Medical and sanitary report of the native army of Bengal for the year
Year: 1876
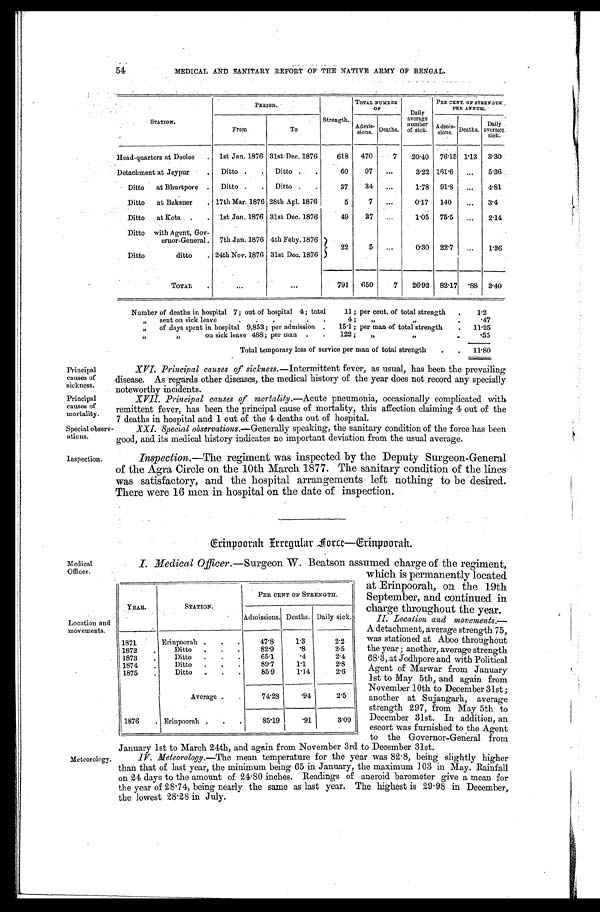
Principal
causes of
sickness.
Principal
causes of
mortality.
54
MEDICAL AND SANITARY REPORT OF THE NATIVE ARMY OF BENGAL.
STATION.
PERIOD.
Strength.
TOTAL NUMBER
OF
Daily
average number of si ck.
PER CENT. OF STRENGTH
PER ANNUM.
From
To
Admis-sions. Deaths.
Admi s-si ons. Deaths.
Daily
average
sick.
Head-quarters at Deolee . . .
1st Jan. 1876 31st Dec. 1876
618
470
7
20.40
76.15 1.13
3.30
Detachment at Jeypur . . .
Ditto . . .
Ditto . . .
60
97
. . .
3.22 161.6
. . .
5.36
Ditto at Bhurtpore . . .
Ditto . . .
Ditto . . .
37
34
. . .
1.78
91.8
. . .
4.81
Ditto at Bakaner . . .
17th Mar. 1876 28th Apl. 1876
5
7
. . .
0.17
140
. . .
3.4
Ditto at Kota . . .
lst Jan. 1876 31st Dec. 1876
49
37
. . .
1.05
75.5
. . .
2.14
Ditto with Agent, Gov
-ernor-General.
7th Jan. 1876 4th Feby. 1876
22
5
. . .
0.30
22.7
. . .
1.36
Ditto ditto . . .
24th Nov. 1876 31st Dec. 1876
TOTAL . . .
. . .
. . .
791
650
7
26.92
82.17
.88 3.40
Number of deaths in hospital 7; out of hospital 4; total 11; per cent. of total strength . . .
1.2
" sent on sick leave . . . 4; " . . .
.47
" of days spent in hospital 9,853; per admission . . . 15 . 1 ; p e r m a n o f t o t a l s t r e n g t h . . .
11.25
" on sick leave 488; per man . . . 122; " . . .
. 5 5
Total temporary loss of service per man of total strength . . .
11.80
XVI. Principal causes of sickness.—Intermittent fever, as usual, has been the prevailing
disease. As regards other diseases, the medical history of the year does not record any specially
noteworthy incidents.
XVII. Principal causes of mortality .—Acute pneumonia, occasionally complicated with
remittent fever, has been the principal cause of mortality, this affection claiming 4 out of the
7 deaths in hospital and 1 out of the 4 deaths out of hospital.
Special observ
-ations.
XXI. Special observations .—Generally speaking, the sanitary condition of the force has been
good, and its medical history indicates no important deviation from the usual average.
Inspection.
Inspection .—The regiment was inspected by the Deputy Surgeon-General
of the Agra Circle on the 10th March 1877. The sanitary condition of the lines
was satisfactory, and the hospital arrangements left nothing to be desired.
There were 16 men in hospital on the date of inspection.
Erinpoorah Irregular Force—Erinpoorah.
Medical
Officer.
Location and
movements.
Meteorology.
I. Medical Officer .—Surgeon W. Beatson assumed charge of the regiment,
which is permanently located
at Erinpoorah, on the 19th
September, and continued in
charge throughout the year.
II. Location and movements
. —
A d e t a c h m e n t , a v e r a g e s t r e n g t h 7 5 ,
was stationed at Aboo throughout
the year; another, average strength
68.3, at Jodhpore and with Political
Agent of Marwar from January
1st to May 5th, and again from
November 10th to December 31st;
another at Sujangarh, average
strength 297, from May 5th to
December 31st. In addition, an
escort was furnished to the Agent
to the Governor-General from
Tanuary 1st to March 24th, and again from November 3rd to December 31st.
Meteorology .—The mean temperature for the year was 82.8, being
slightly higher than that of last year, the minimum being 65 in January, the maximum 103 in May. Rainfall
on 24 days to the amount of 24.80 inches. Readings of aneroid barometer give a mean for
the year of 28.74, being nearly the same as last year. The highest is 29.98 in December,
the lowest 28.28 in July.
YEAR.
STATION.
PER CENT OF STRENGTH.
Admissions. Deaths. Daily sick.
1871 . . .
Erinpoorah . . .
47.8
1.3
2.2
1872 . . .
Ditto . . .
82.9
.8
2.5
1873 . . .
Ditto . . .
65.1
.4
2.4
1874 . . .
Ditto . . .
89.7
1.1
2.8
1875 . . .
Ditto . . .
85.9
1.14
2.6
Average . . .
74.28
.94
2.5
1876 . . .
Erinpoorah . . .
85.19
.91
3.09